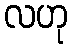
လဟု